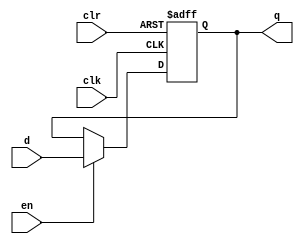
module dffe_ref(q, d, clk, en, clr);
   
   //Inputs
   input [31:0] d;
	input clk, en, clr;
   
   //Internal wire
   wire clr;

   //Output
   output [31:0] q;
   
   //Register
   reg [31:0] q;

   //Intialize q to 0
   initial
   begin
       q = 32'h00000000;
   end

   //Set value of q on positive edge of the clock or clear
   always @(posedge clk or posedge clr) begin
       //If clear is high, set q to 0
       if (clr) begin
           q <= 32'h00000000;
       //If enable is high, set q to the value of d
       end else if (en) begin
           q <= d;
       end
   end
endmodule